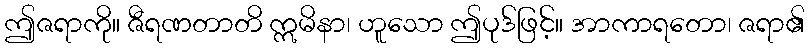
ဤဇရာကို။ ဇီရဏတာတိ ဣမိနာ၊ ဟူသော ဤပုဒ်ဖြင့်။ အာကာရတော၊ ဇရာ၏